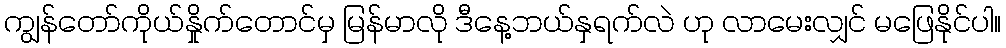
ကျွန်တော်ကိုယ်နှိုက်တောင်မှ မြန်မာလို ဒီနေ့ဘယ်နှရက်လဲ ဟု လာမေးလျှင် မဖြေနိုင်ပါ။